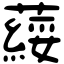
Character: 䕑